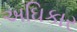
અઘિકાર